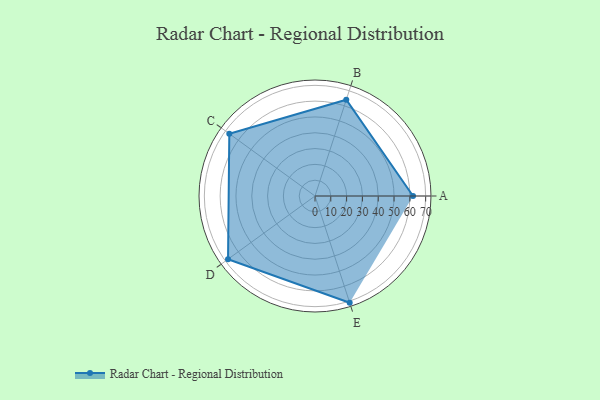
{"axis": {"x": "Skill", "y": "Score"}, "legend": ["Profile"], "data": [{"x": "A", "y": 62.0, "type": "Profile"}, {"x": "B", "y": 64.0, "type": "Profile"}, {"x": "C", "y": 67.0, "type": "Profile"}, {"x": "D", "y": 68.0, "type": "Profile"}, {"x": "E", "y": 71.0, "type": "Profile"}]}